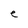
Character: e